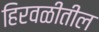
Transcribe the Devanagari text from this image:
हिरवळीतील